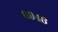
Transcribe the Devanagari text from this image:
६९४६